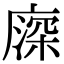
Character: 𢊖